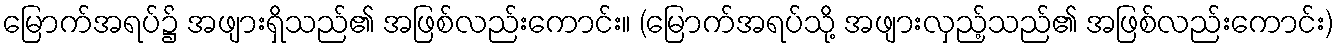
မြောက်အရပ်၌ အဖျားရှိသည်၏ အဖြစ်လည်းကောင်း။ (မြောက်အရပ်သို့ အဖျားလှည့်သည်၏ အဖြစ်လည်းကောင်း)